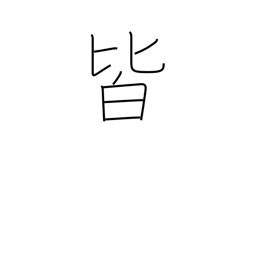
Meaning: everything